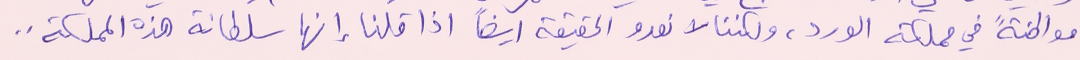
موطنةً في مملكته الورد، ولكننا لا نعدو الحقيقة ايضاً اذا قلنا إنها سلطانة هذه المملكة..